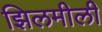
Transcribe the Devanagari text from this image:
झिलमीली